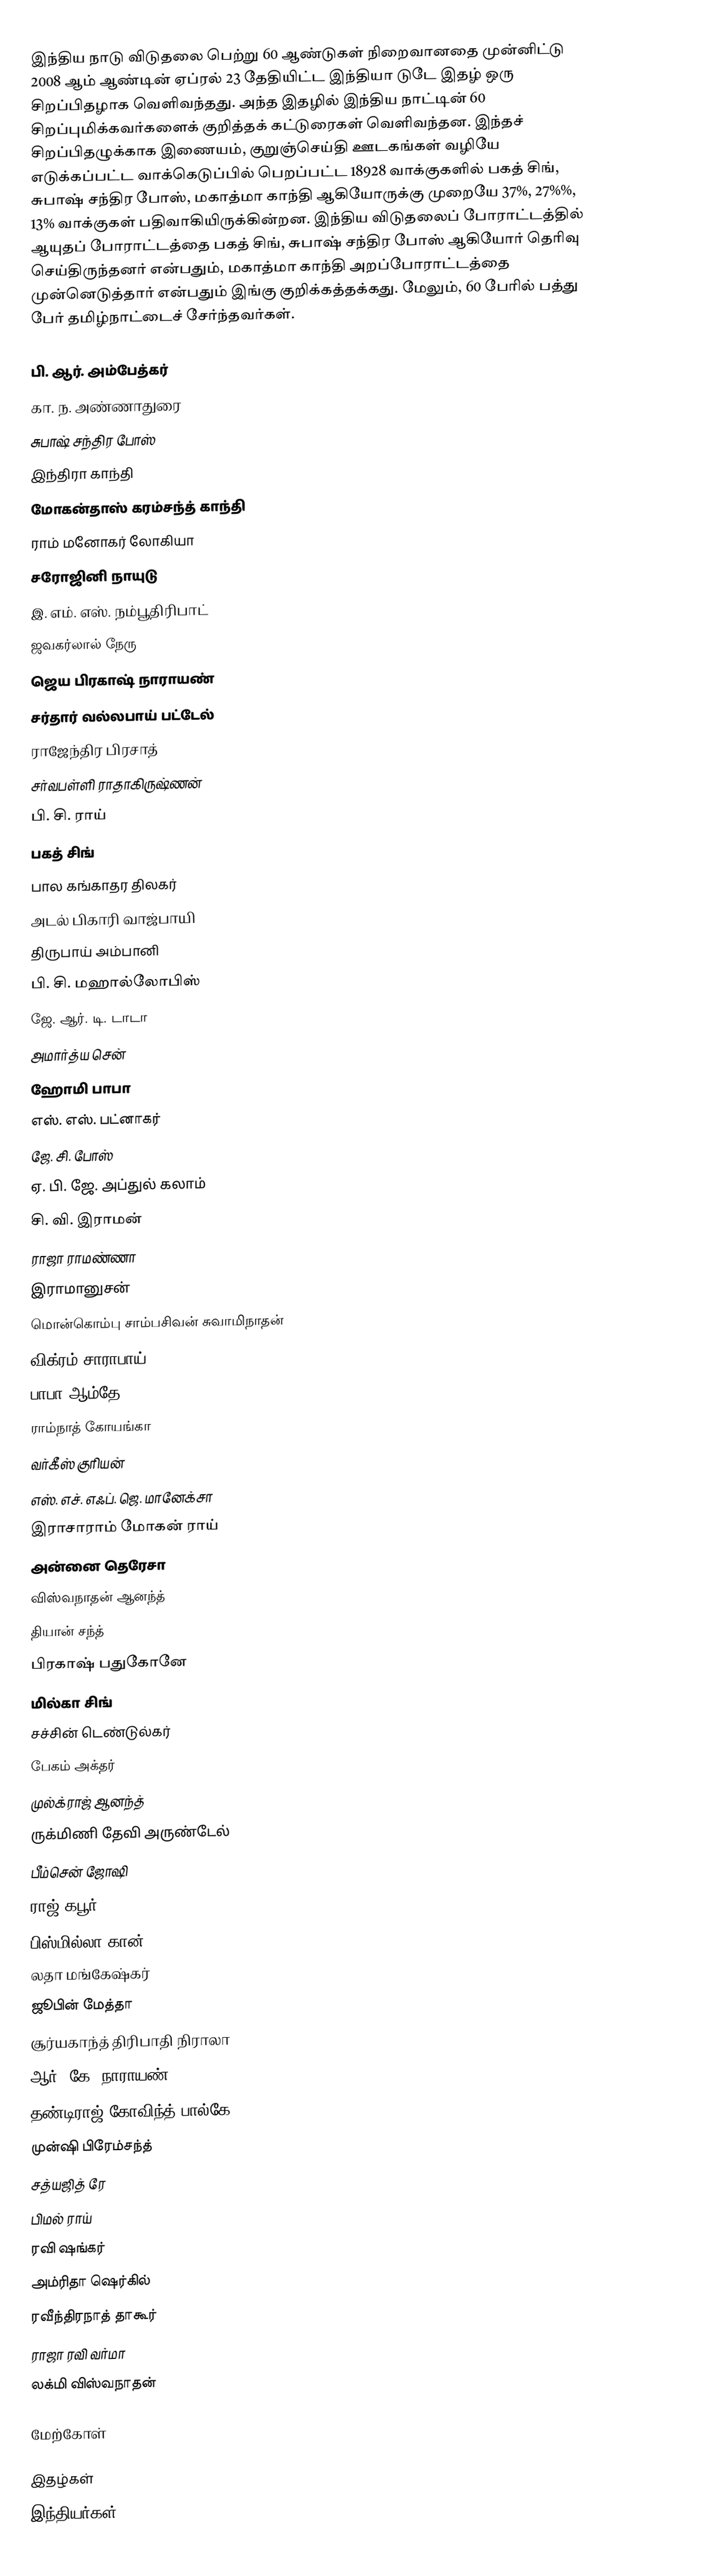
இந்திய நாடு விடுதலை பெற்று 60 ஆண்டுகள் நிறைவானதை முன்னிட்டு 2008 ஆம் ஆண்டின் ஏப்ரல் 23 தேதியிட்ட இந்தியா டுடே இதழ் ஒரு சிறப்பிதழாக வெளிவந்தது. அந்த இதழில் இந்திய நாட்டின் 60 சிறப்புமிக்கவர்களைக் குறித்தக் கட்டுரைகள் வெளிவந்தன. இந்தச் சிறப்பிதழுக்காக இணையம், குறுஞ்செய்தி ஊடகங்கள் வழியே எடுக்கப்பட்ட வாக்கெடுப்பில் பெறப்பட்ட 18928 வாக்குகளில் பகத் சிங், சுபாஷ் சந்திர போஸ், மகாத்மா காந்தி ஆகியோருக்கு முறையே 37%, 27%%, 13% வாக்குகள் பதிவாகியிருக்கின்றன. இந்திய விடுதலைப் போராட்டத்தில் ஆயுதப் போராட்டத்தை பகத் சிங், சுபாஷ் சந்திர போஸ் ஆகியோர் தெரிவு செய்திருந்தனர் என்பதும், மகாத்மா காந்தி அறப்போராட்டத்தை முன்னெடுத்தார் என்பதும் இங்கு குறிக்கத்தக்கது. மேலும், 60 பேரில் பத்து பேர் தமிழ்நாட்டைச் சேர்ந்தவர்கள்.

 பி. ஆர். அம்பேத்கர்
 கா. ந. அண்ணாதுரை
 சுபாஷ் சந்திர போஸ்
 இந்திரா காந்தி
 மோகன்தாஸ் கரம்சந்த் காந்தி
 ராம் மனோகர் லோகியா
 சரோஜினி நாயுடு
 இ. எம். எஸ். நம்பூதிரிபாட்
 ஜவகர்லால் நேரு
 ஜெய பிரகாஷ் நாராயண்
 சர்தார் வல்லபாய் பட்டேல்
 ராஜேந்திர பிரசாத்
 சர்வபள்ளி ராதாகிருஷ்ணன்
 பி. சி. ராய்
 பகத் சிங்
 பால கங்காதர திலகர்
 அடல் பிகாரி வாஜ்பாயி
 திருபாய் அம்பானி
 பி. சி. மஹால்லோபிஸ்
 ஜே. ஆர். டி. டாடா
 அமார்த்ய சென்
 ஹோமி பாபா
 எஸ். எஸ். பட்னாகர்
 ஜே. சி. போஸ்
 ஏ. பி. ஜே. அப்துல் கலாம்
 சி. வி. இராமன்
 ராஜா ராமண்ணா
 இராமானுசன்
 மொன்கொம்பு சாம்பசிவன் சுவாமிநாதன்
 விக்ரம் சாராபாய்
 பாபா ஆம்தே
 ராம்நாத் கோயங்கா
 வர்கீஸ் குரியன்
 எஸ். எச். எஃப். ஜெ. மானேக்சா
 இராசாராம் மோகன் ராய்
 அன்னை தெரேசா
 விஸ்வநாதன் ஆனந்த்
 தியான் சந்த்
 பிரகாஷ் பதுகோனே
 மில்கா சிங்
 சச்சின் டெண்டுல்கர்
 பேகம் அக்தர்
 முல்க்ராஜ் ஆனந்த்
 ருக்மிணி தேவி அருண்டேல்
 பீம்சென் ஜோஷி
 ராஜ் கபூர்
 பிஸ்மில்லா கான்
 லதா மங்கேஷ்கர்
 ஜூபின் மேத்தா
 சூர்யகாந்த் திரிபாதி நிராலா
 ஆர். கே. நாராயண்
 தண்டிராஜ் கோவிந்த் பால்கே
 முன்ஷி பிரேம்சந்த்
 சத்யஜித் ரே
 பிமல் ராய்
 ரவி ஷங்கர்
 அம்ரிதா ஷெர்கில்
 ரவீந்திரநாத் தாகூர்
 ராஜா ரவி வர்மா
 லக்மி விஸ்வநாதன்

மேற்கோள்

இதழ்கள்
இந்தியர்கள்